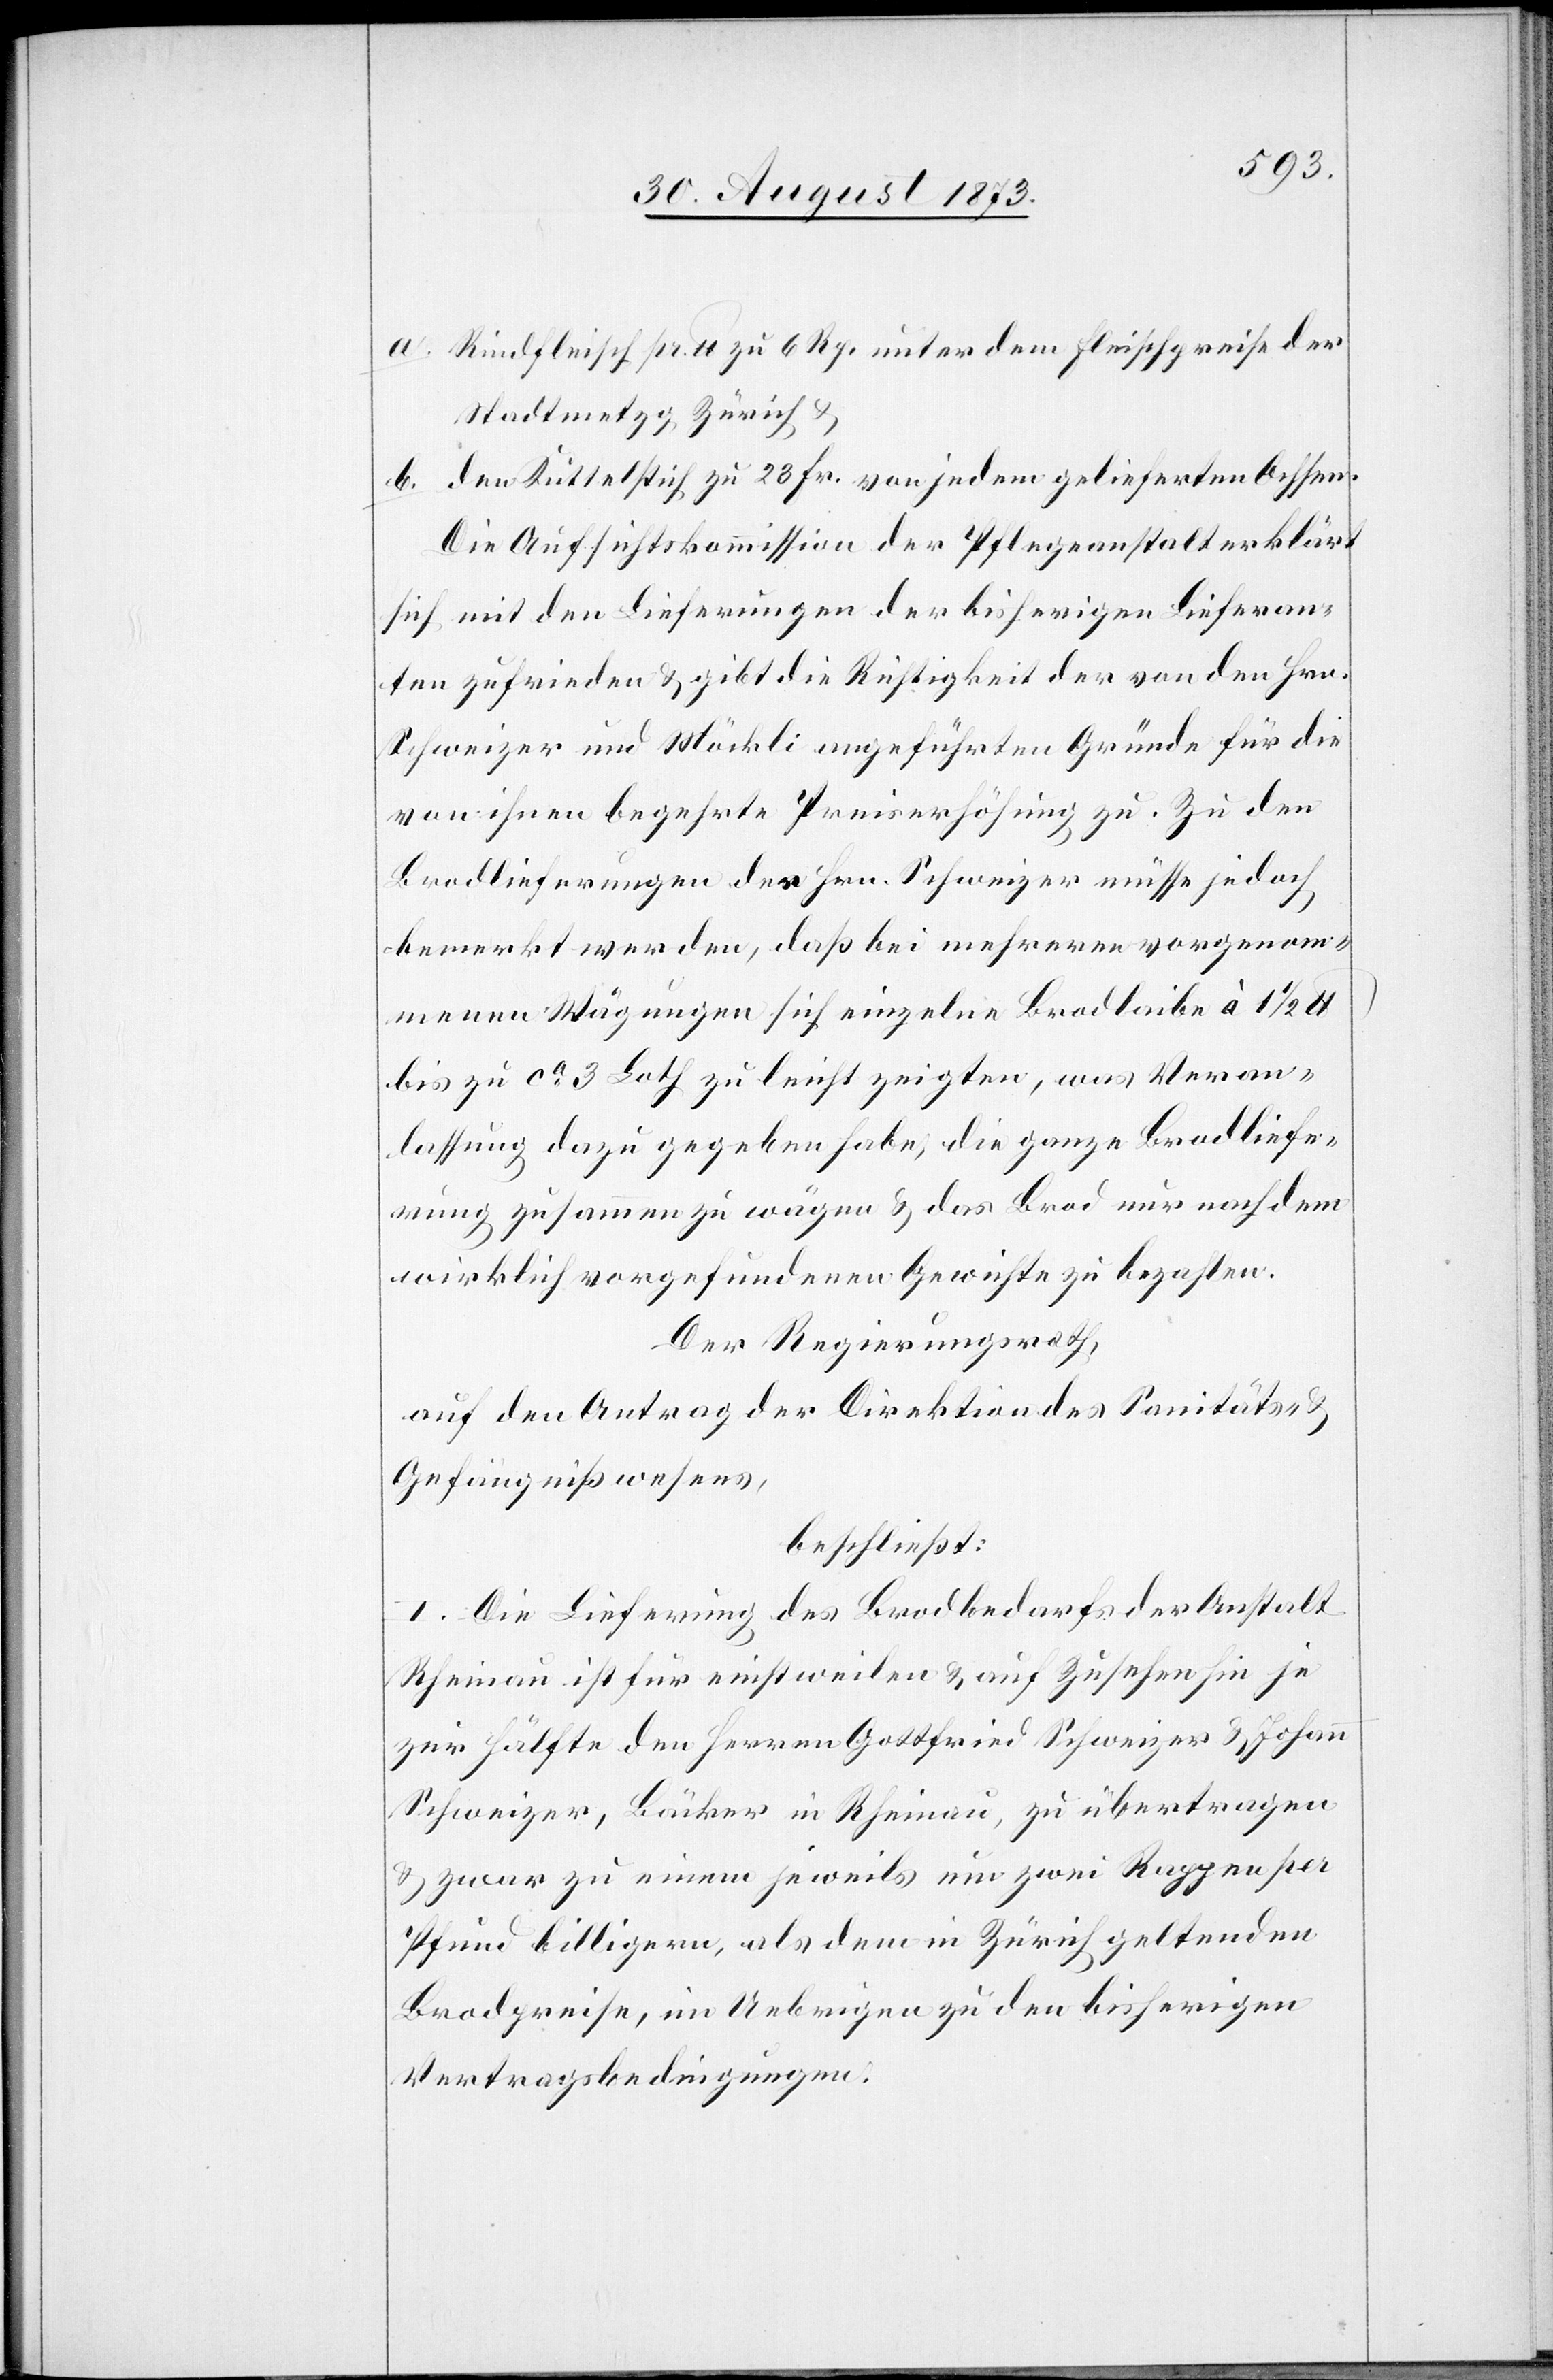
a. Rindfleisch pr. lb zu 6 Rp. unter dem Fleischpreise der
Stadtmetzg Zürich &
b. den Kuttelstich zu 23 Fr. von jedem gelieferten Ochsen.
Die Aufsichtskommission der Pflegeanstalt erklärt
sich mit den Lieferungen der bisherigen Lieferan¬
ten zufrieden & gibt die Richtigkeit der von den Hrn.
Schweizer und Möckli angeführten Gründe für die
von ihnen begehrte Preiserhöhung zu. Zu den
Brodlieferungen des Hrn. Schweizer müsse jedoch
bemerkt werden, daß bei mehreren vorgenom¬
menen Wägungen sich einzelne Brodlaibe à 1 1/2
bis zu ca 3 Loth zu leicht zeigten, was Veran¬
lassung dazu gegeben habe, die ganze Brodlife¬
rung zusammen zu wägen & das Brod nur nach dem
wirklich vorgefundenen Gewichte zu bezahlen.
Der Regierungsrath,
auf den Antrag der Direktion des Sanitäts- &
Gefängnißwesens,
beschließt:
I. Die Lieferung des Brodbedarfs der Anstalt
Rheinau ist für einstweilen & auf Zusehen hin je
zur Hälfte den Herren Gottfried Schweizer & Johann
Schweizer, Bäcker in Rheinau, zu übertragen
& zwar zu einem jeweils um zwei Rappen per
Pfund billigern, als dem in Zürich geltenden
Brodpreise, im Uebrigen zu den bisherigen
Vertragsbedingungen.